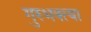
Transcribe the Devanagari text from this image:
गुरुभक्त्या